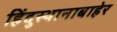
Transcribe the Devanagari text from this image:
हिंदुस्थानाबाहेर